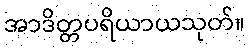
အာဒိတ္တပရိယာယသုတ်။